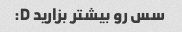
سس رو بیشتر بزارید D: